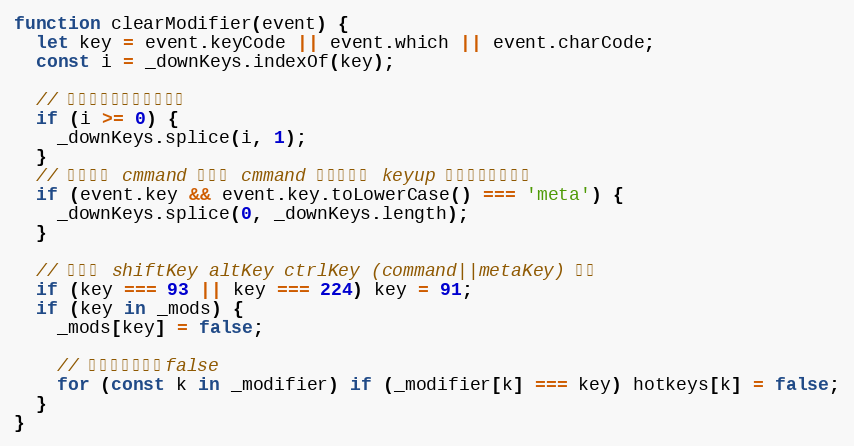
Language: JavaScript
function clearModifier(event) {
  let key = event.keyCode || event.which || event.charCode;
  const i = _downKeys.indexOf(key);

  // 从列表中清除按压过的键
  if (i >= 0) {
    _downKeys.splice(i, 1);
  }
  // 特殊处理 cmmand 键，在 cmmand 组合快捷键 keyup 只执行一次的问题
  if (event.key && event.key.toLowerCase() === 'meta') {
    _downKeys.splice(0, _downKeys.length);
  }

  // 修饰键 shiftKey altKey ctrlKey (command||metaKey) 清除
  if (key === 93 || key === 224) key = 91;
  if (key in _mods) {
    _mods[key] = false;

    // 将修饰键重置为false
    for (const k in _modifier) if (_modifier[k] === key) hotkeys[k] = false;
  }
}